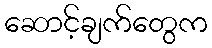
ဆောင့်ချက်တွေက